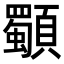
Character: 䫳